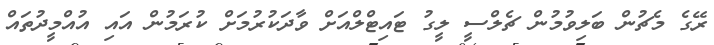
ރޭގެ މެޗުން ބަލިވުމުން ޗެލްސީ ލީގު ޓައިޓްލްއަށް ވާދަކުރުމަށް ކުރަމުން އައި އުއްމީދުތައް